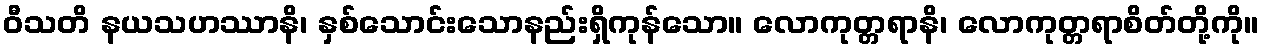
ဝီသတိ နယသဟဿာနိ၊ နှစ်သောင်းသောနည်းရှိကုန်သော။ လောကုတ္တရာနိ၊ လောကုတ္တရာစိတ်တို့ကို။